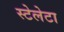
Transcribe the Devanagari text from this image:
स्टेलेटा